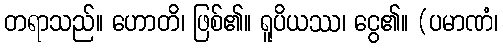
တရာသည်။ ဟောတိ၊ ဖြစ်၏။ ရူပိယဿ၊ ငွေ၏။ (ပမာဏံ၊